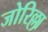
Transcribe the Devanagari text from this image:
जोरिल्ला